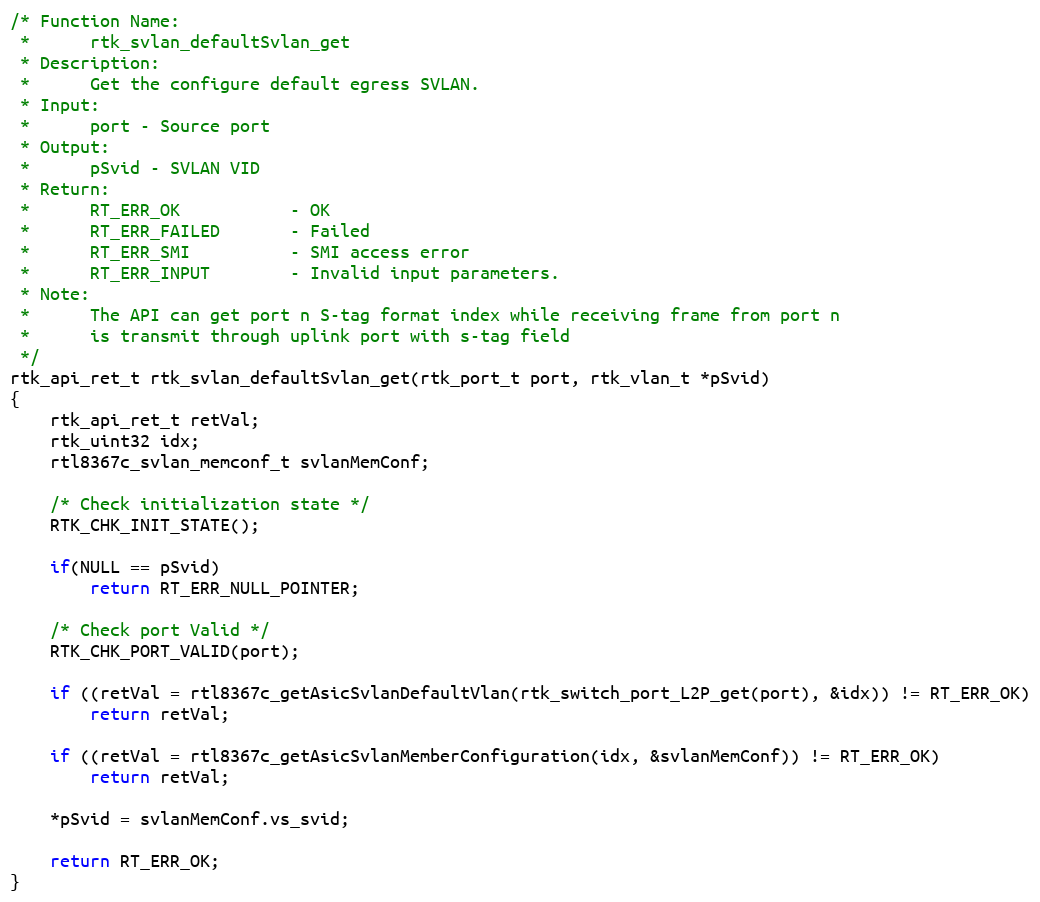
Language: C
/* Function Name:
 *      rtk_svlan_defaultSvlan_get
 * Description:
 *      Get the configure default egress SVLAN.
 * Input:
 *      port - Source port
 * Output:
 *      pSvid - SVLAN VID
 * Return:
 *      RT_ERR_OK           - OK
 *      RT_ERR_FAILED       - Failed
 *      RT_ERR_SMI          - SMI access error
 *      RT_ERR_INPUT        - Invalid input parameters.
 * Note:
 *      The API can get port n S-tag format index while receiving frame from port n
 *      is transmit through uplink port with s-tag field
 */
rtk_api_ret_t rtk_svlan_defaultSvlan_get(rtk_port_t port, rtk_vlan_t *pSvid)
{
    rtk_api_ret_t retVal;
    rtk_uint32 idx;
    rtl8367c_svlan_memconf_t svlanMemConf;

    /* Check initialization state */
    RTK_CHK_INIT_STATE();

    if(NULL == pSvid)
        return RT_ERR_NULL_POINTER;

    /* Check port Valid */
    RTK_CHK_PORT_VALID(port);

    if ((retVal = rtl8367c_getAsicSvlanDefaultVlan(rtk_switch_port_L2P_get(port), &idx)) != RT_ERR_OK)
        return retVal;

    if ((retVal = rtl8367c_getAsicSvlanMemberConfiguration(idx, &svlanMemConf)) != RT_ERR_OK)
        return retVal;

    *pSvid = svlanMemConf.vs_svid;

    return RT_ERR_OK;
}